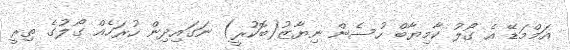
އަމްމަޑޭ އެ ގޯލު ކާމިޔާބް ހުސެން ނިޔާޒު(ބޮކުރީ) ނަގައިދިން ހުރަހެއް ގޯލުގެ ތިރީ